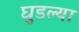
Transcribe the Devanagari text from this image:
घुडल्या